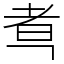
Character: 䎞